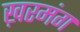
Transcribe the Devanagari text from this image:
ख़रमंग